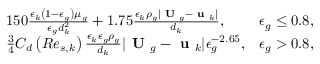
\begin{array} { r l r } & { 1 5 0 \frac { \epsilon _ { k } \left( 1 - \epsilon _ { g } \right) \mu _ { g } } { \epsilon _ { g } d _ { k } ^ { 2 } } + 1 . 7 5 \frac { \epsilon _ { k } \rho _ { g } | \textbf { U } _ { g } - \textbf { u } _ { k } | } { d _ { k } } , } & { \epsilon _ { g } \le 0 . 8 , } \\ & { \frac { 3 } { 4 } C _ { d } \left( R e _ { s , k } \right) \frac { \epsilon _ { k } \epsilon _ { g } \rho _ { g } } { d _ { k } } | \textbf { U } _ { g } - \textbf { u } _ { k } | \epsilon _ { g } ^ { - 2 . 6 5 } , } & { \epsilon _ { g } > 0 . 8 , } \end{array}